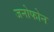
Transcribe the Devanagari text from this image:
जनोफोन